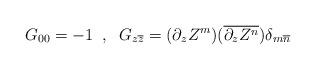
LaTeX: \begin{align*}G_{00} = -1 \;\; , \;\; G_{z\overline{z}} = (\partial_z Z^m) (\overline{\partial_z Z^n}) \delta_{m\overline{n}}\end{align*}